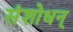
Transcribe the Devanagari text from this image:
संशोधन्